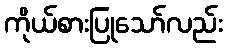
ကိုယ်စားပြုသော်လည်း